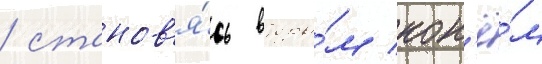
/ станов'я́сь вторы́м кон'ё́м